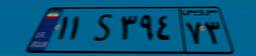
۳۲S۲۱۲۷۵